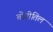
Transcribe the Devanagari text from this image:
बोगीतिल